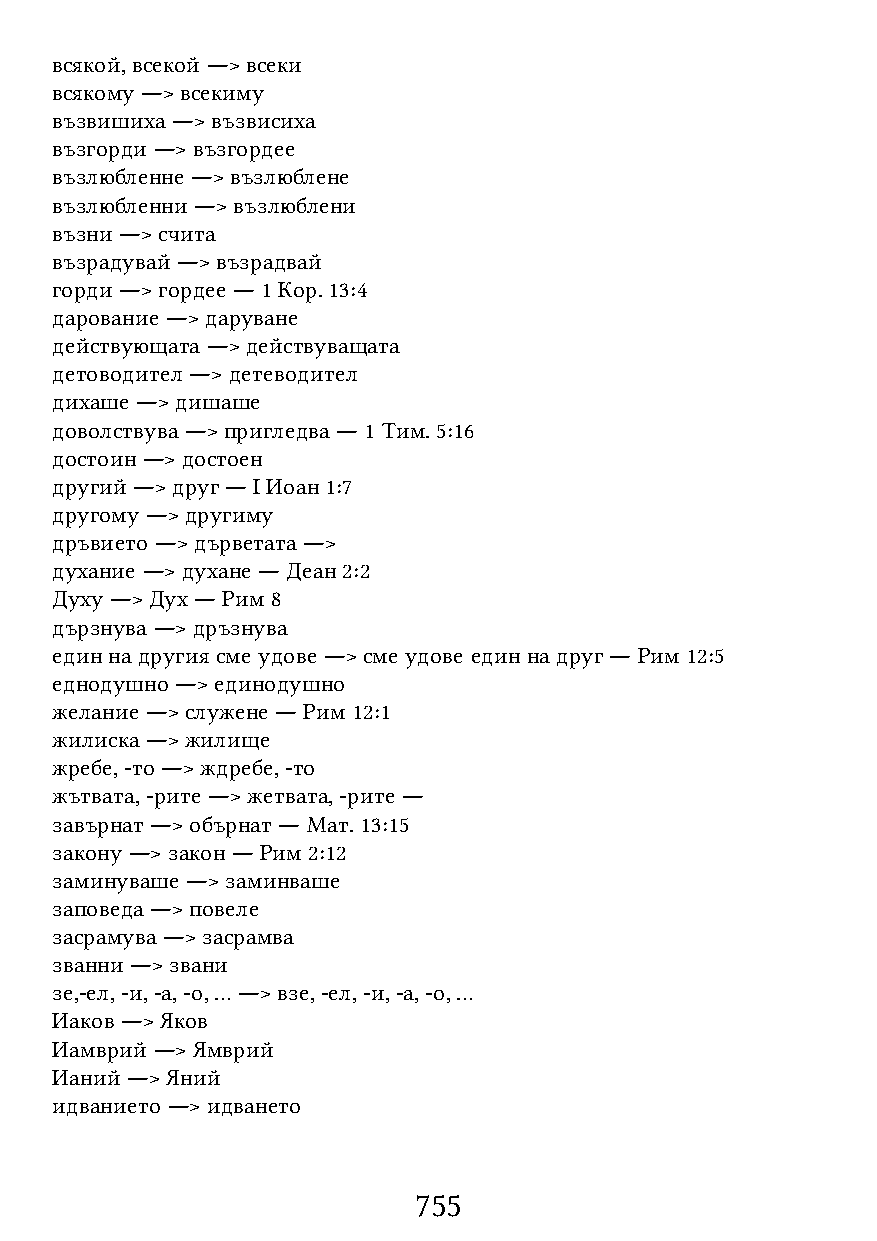
всякой, всекой ―> всеки
 всякому ―> всекиму
 възвишиха ―> възвисиха
 възгорди ―> възгордее
 възлюбленне ―> възлюблене
 възлюбленни ―> възлюблени
 възни ―> счита
 възрадувай ―> възрадвай
 горди ―> гордее ― 1 Кор. 13:4
 дарование ―> даруване
 действующата ―> действуващата
 детоводител ―> детеводител
 дихаше ―> дишаше
 доволствува ―> пригледва ― 1 Тим. 5:16
 достоин ―> достоен
 другий ―> друг ― I Иоан 1:7
 другому ―> другиму
 дръвието ―> дърветата ―>
 духание ―> духане ― Деан 2:2
 Духу ―> Дух ― Рим 8
 дързнува ―> дръзнува
 един на другия сме удове ―> сме удове един на друг ― Рим 12:5
 еднодушно ―> единодушно
 желание ―> служене ― Рим 12:1
 жилиска ―> жилище
 жребе, -то ―> ждребе, -то
 жътвата, -рите ―> жетвата, -рите ―
 завърнат ―> обърнат ― Мат. 13:15
 закону ―> закон ― Рим 2:12
 заминуваше ―> заминваше
 заповеда ―> повеле
 засрамува ―> засрамва
 званни ―> звани
 зе,-ел, -и, -а, -о, … ―> взе, -ел, -и, -а, -о, …
 Иаков ―> Яков
 Иамврий ―> Ямврий
 Ианий ―> Яний
 идванието ―> идването
 755